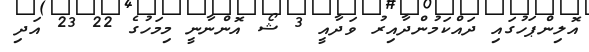
އޮލިންޕަހުގައި ދައްކަމުންދާއިރު ވަދާއީ 3 ޝޯ އޮންނާނީ މިމަހުގެ 22 23 އަދި